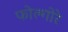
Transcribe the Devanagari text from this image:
फोल्गोरे